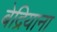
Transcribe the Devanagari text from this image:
बेद्रियाना